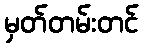
မှတ်တမ်းတင်